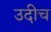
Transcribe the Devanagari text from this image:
उदीच